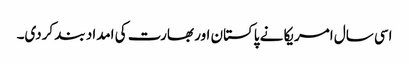
اسی سال امریکا نے پاکستان اور بھارت کی امداد بند کردی۔